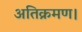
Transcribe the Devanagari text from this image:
अतिक्रमण।